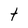
Character: t